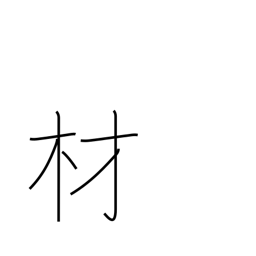
Meaning: timber